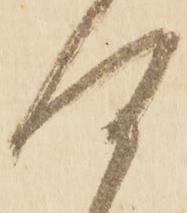
何